Lunatic asylums in Bengal annual reports 1899-1911 - 1899-1911
Year: 1899
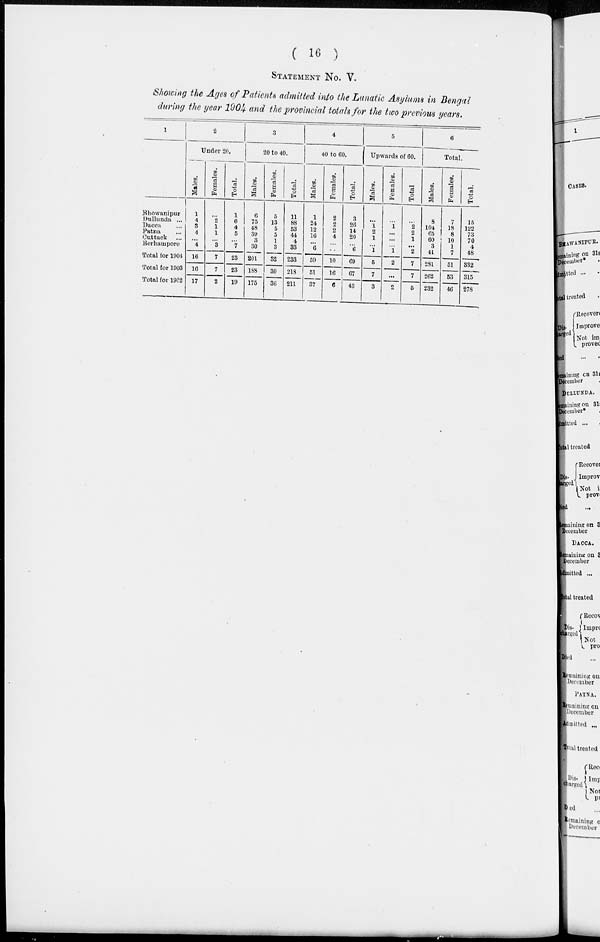
( 16 )
STATEMENT No. V.
Showing the Ages of Patients admitted into the Lunatic Asylums in Bengal
during the year 1904 and the provincial totals for the two previous years.
1
Bhowanipur
Dullunda ...
Dacca ...
Patna ...
Cuttack ...
Berhampore
Total for 1904
Total for 1903
Total for 1902
2
Under 20.
Males.
1
4
3
4
...
4
16
16
17
Females.
...
2
1 1
...
3
7
7
2
Total.
1
6
4
5
...
7
23
23
19
3
20 to 40.
Males.
6
75
48
39
3
30
201
188
175
Females.
5
13
5
5
1
3
32
30
36
Total.
11
88
53
44
4
33
233
218
211
4
40 to 60.
Males.
1
24
12
16
...
6
59
51
37
Females.
2
2
2
4
...
...
10
16
6
Total.
3
26
14
20
...
6
69
67
43
5
Upwards of 60.
Males.
...
1
2
1
...
1
5
7
3
Females.
...
1
...
...
...
1
2
...
2
Total
...
2
2
1
...
2
7
7
5
6
Total.
Males.
8
104
65
60
3
41
281
262
232
Females.
7
18
8
10
1
7
51
53
46
Total.
15
122
73
70
4
48
332
315
278